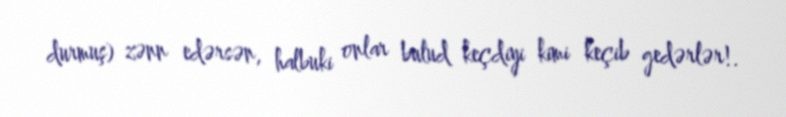
durmuş) zənn edərsən, halbuki onlar bulud keçdiyi kimi keçib gedərlər!.